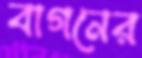
বাগনের